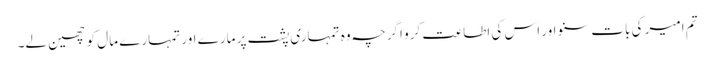
تم امیر کی بات سنو اور اس کی اطاعت کرو اگرچہ وہ تمہاری پشت پر مارے اور تمہارے مال کو چھین لے۔